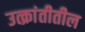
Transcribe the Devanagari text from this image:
उत्क्रांतीतील